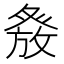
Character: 𭽂